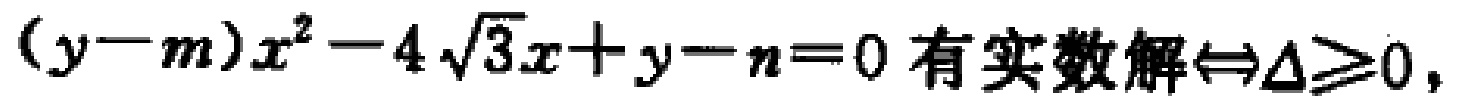
\((y - m)x^{2}-4\sqrt{3}x + y - n = 0\text{ 有实数解}\Leftrightarrow\Delta\geqslant0\)